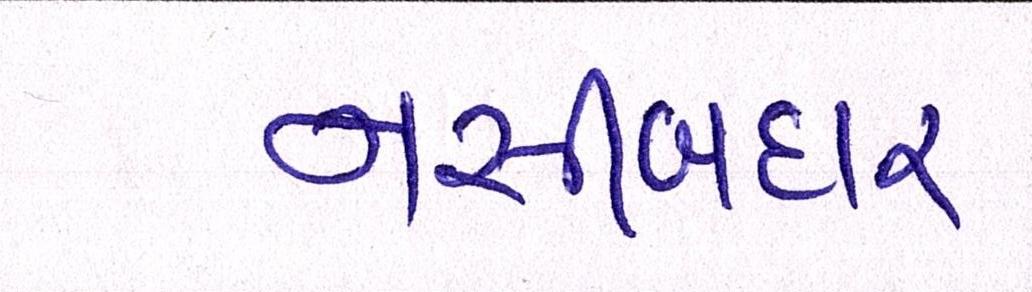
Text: નસીબદાર